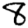
Digit: 8